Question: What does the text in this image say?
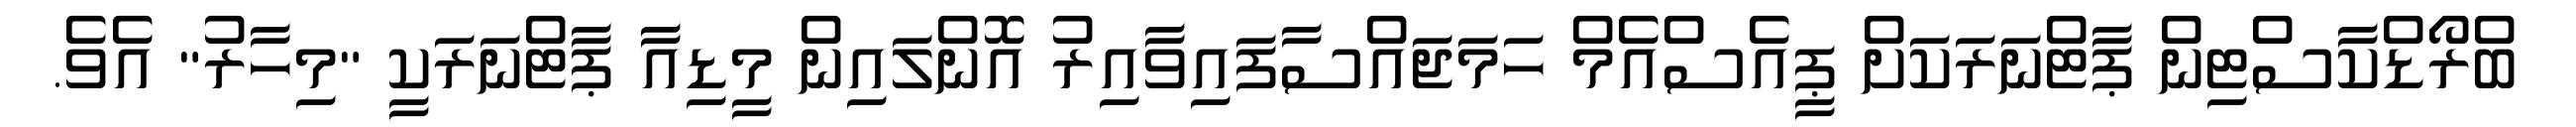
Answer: ބްރޯޑްކާސްޓިން ޕާޓްނަރަކަށް ޕީއެސްއެމް ހަމަޖައްސާފައިވާއިރު އޮންލައިން މީޑިއާ ޕާޓްނަރަކީ "މިހާރު" އެވެ.